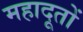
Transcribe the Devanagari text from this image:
महादूतों